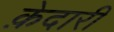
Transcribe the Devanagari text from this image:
क़ेदारी